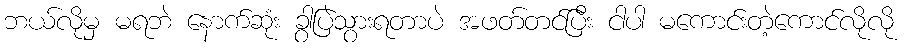
ဘယ်လိုမှ မရဘဲ နောက်ဆုံး ခွာပြဲသွားရတာပဲ အဖတ်တင်ပြီး ငါပါ မကောင်းတဲ့ကောင်လိုလို